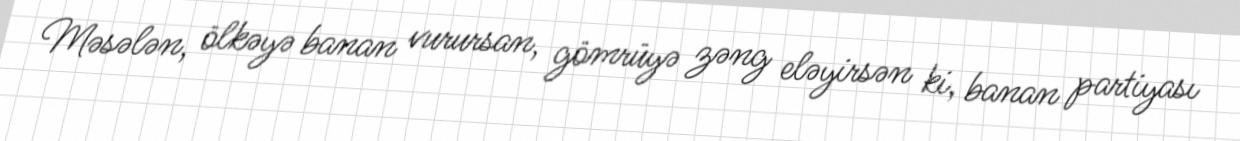
Məsələn, ölkəyə banan vurursan, gömrüyə zəng eləyirsən ki, banan partiyası